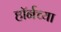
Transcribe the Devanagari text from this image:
हाॅर्नच्या